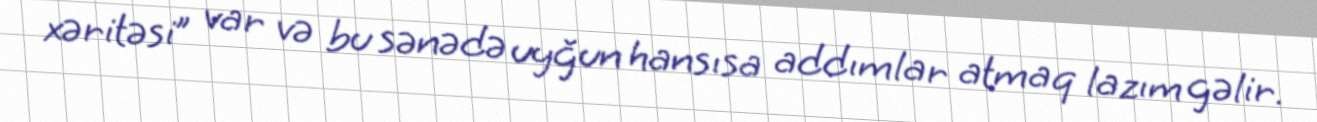
xəritəsi” var və bu sənədə uyğun hansısa addımlar atmaq lazım gəlir.